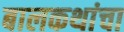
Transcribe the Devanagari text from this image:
बालकथांचा